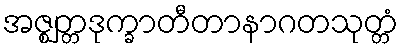
အဇ္ဈတ္တဒုက္ခာတီတာနာဂတသုတ္တံ